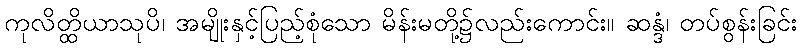
ကုလိတ္ထိယာသုပိ၊ အမျိုးနှင့်ပြည့်စုံသော မိန်းမတို့၌လည်းကောင်း။ ဆန္ဒံ၊ တပ်စွန်းခြင်း